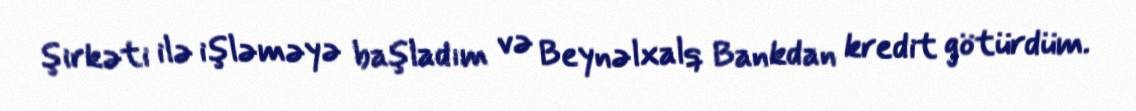
şirkəti ilə işləməyə başladım və Beynəlxalq Bankdan kredit götürdüm.